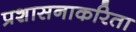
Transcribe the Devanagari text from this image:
प्रशासनाकरिता